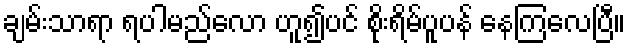
ချမ်းသာရာ ရပါမည်လော ဟူ၍ပင် စိုးရိမ်ပူပန် နေကြလေပြီ။